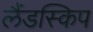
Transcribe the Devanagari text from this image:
लैंडस्किप